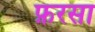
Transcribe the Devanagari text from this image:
फ़रसा